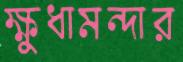
ক্ষুধামন্দার